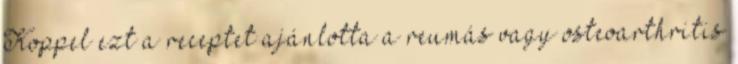
Koppel ezt a receptet ajánlotta a reumás vagy osteoarthritis